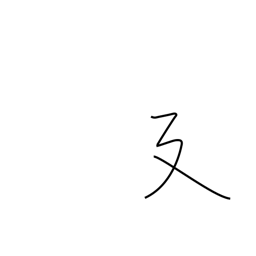
Meaning: long stride or stretching radical (no. 54)